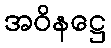
အဝိနဋ္ဌေ